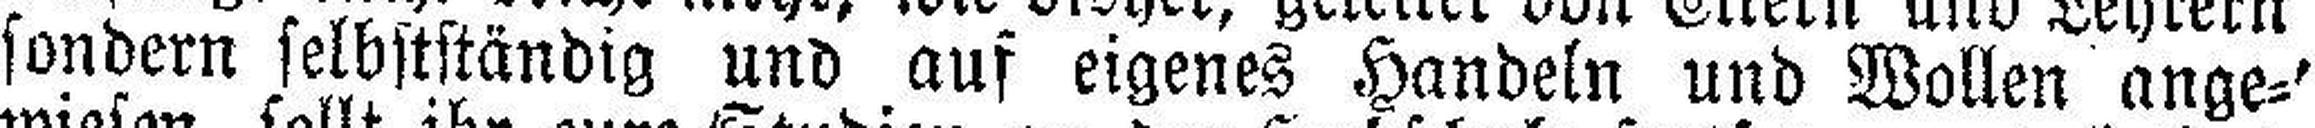
sondern selbstständig und auf eigenes Handeln und Wollen ange¬